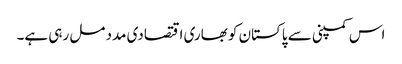
اس کمپنی سے پاکستان کو بھاری اقتصادی مدد مل رہی ہے۔